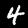
Label: 4